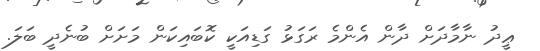
ޢީދު ނާމާދަށް ދާން އެންމެ ރަގަޅު ގަޑިއަކީ ކޮބައިކަން މަށަށް ބުނެދީ ބަލަ.